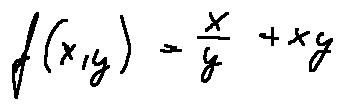
f ( x , y ) = \frac { x } { y } + x y